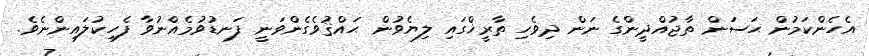
އެހެންކަމުން ޙަސަން ތާޖުއްދީންގެ ނަން ދިވެހި ތާރީޚްގައި ލިޔެވުން ޙައްޤުވެގެންވަނީ ފަނޑުވުމެއްނުވާ ފެހިކުލައިންނެވެ.